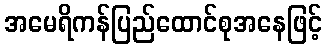
အမေရိကန်ပြည်ထောင်စုအနေဖြင့်